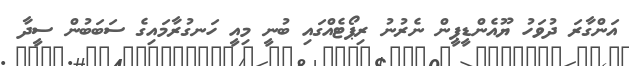
އަންގާރަ ދުވަހު ޔޫއެންޑީޕީން ނެރުނު ރިޕޯޓެއްގައި ބުނީ މިއީ ހަނގުރާމައިގެ ސަބަބުން ސީދާ